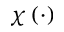
\chi \left( \cdot \right)